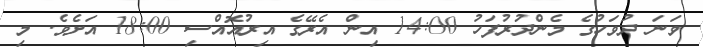
ވަނަ ދުވަހުގެ މެންދުރުފަހު 14:00 އިން އެރޭގެ އިރުއޮއްސި 18:00 އަށެވެ. މި